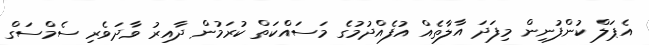
އެޕަލް ކުންފުނިން މިފަދަ އާލާތެއް އުފެއްދުމުގެ މަސައްކަތް ކުރަމުން ދާއިރު ވާދަވެރި ސެމްސަގް